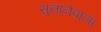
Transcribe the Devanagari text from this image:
सुनानेवाला